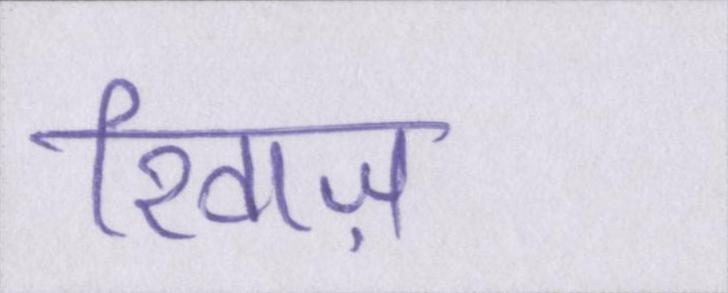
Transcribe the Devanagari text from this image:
रिवाज़